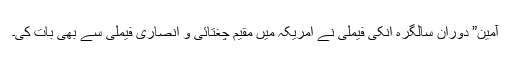
آمین” دوران سالگرہ انکی فیملی نے امریکہ میں مقیم چغتائی و انصاری فیملی سے بھی بات کی۔